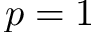
p = 1